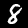
Label: 8